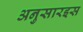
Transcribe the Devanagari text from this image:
अनुसारइस